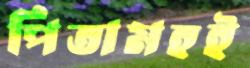
পিতামহই